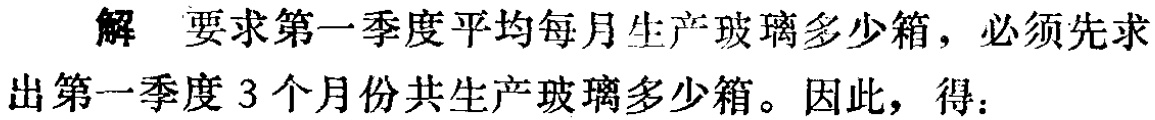
解 要求第一季度平均每月生产玻璃多少箱，必须先求出第一季度3个月份共生产玻璃多少箱。因此，得：